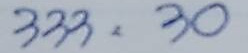
333 = 30